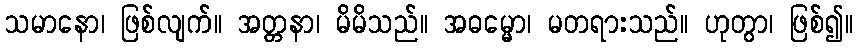
သမာနော၊ ဖြစ်လျက်။ အတ္တနာ၊ မိမိသည်။ အဓမ္မော၊ မတရားသည်။ ဟုတွာ၊ ဖြစ်၍။